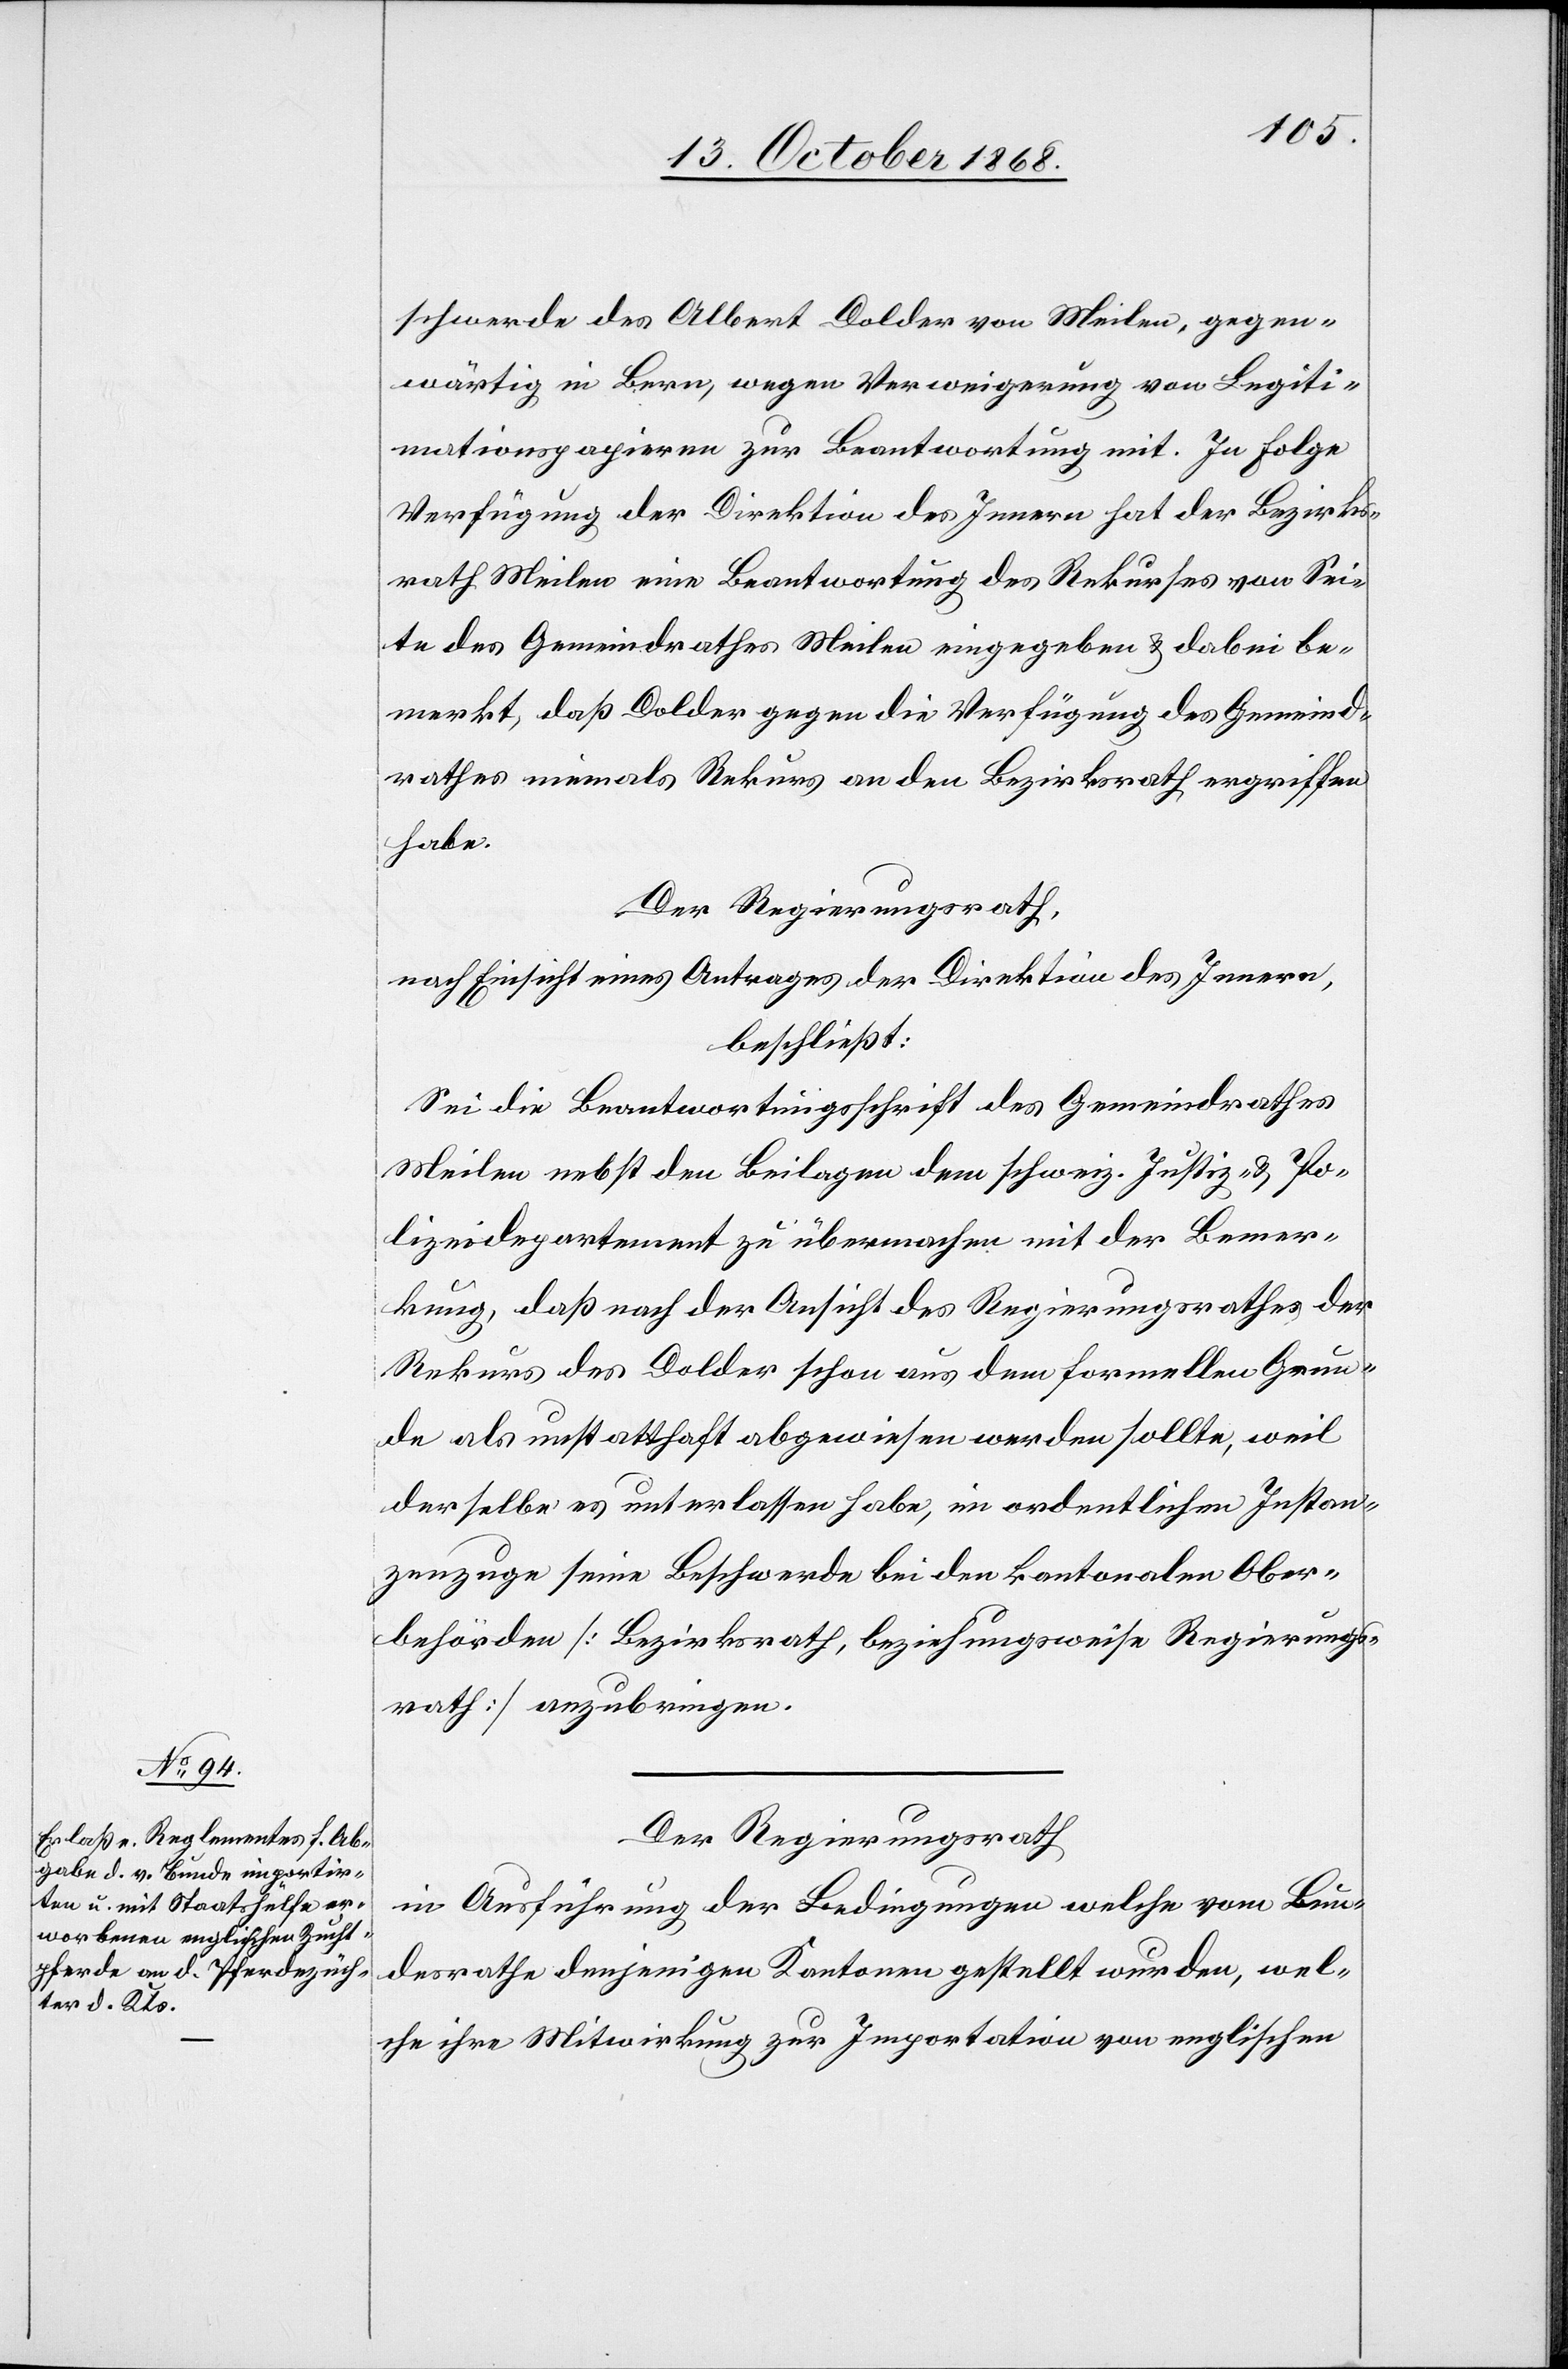
schwerde des Albert Dolder von Meilen, gegen¬
wärtig in Bern, wegen Verweigerung von Legiti¬
mationspapieren zur Beantwortung mit. In Folge
Verfügung der Direktion des Innern hat der Bezirks¬
rath Meilen eine Beantwortung des Rekurses von Sei¬
te des Gemeindrathes Meilen eingegeben & dabei be¬
merkt, daß Dolder gegen die Verfügung des Gemeind¬
rathes niemals Rekurs an den Bezirksrath ergriffen
habe.
Der Regierungsrath,
nach Einsicht eines Antrages der Direktion des Innern,
beschließt:
Sei die Beantwortungsschrift des Gemeindrathes
Meilen nebst den Beilagen dem schweiz. Justiz- & Po¬
lizeidepartement zu übermachen mit der Bemer¬
kung, daß nach der Ansicht des Regierungsrathes der
Rekurs des Dolder schon aus dem formellen Grun¬
de als unstatthaft abgewiesen werden sollte, weil
derselbe es unterlassen habe, im ordentlichen Instan¬
zenzuge seine Beschwerde bei den kantonalen Ober¬
behörden [Bezirksrath, beziehungsweise Regierungs¬
rath] anzubringen.
Der Regierungsrath
in Ausführung der Bedingungen welche vom Bun¬
desrathe denjenigen Kantonen gestellt wurden, wel¬
che ihre Mitwirkung zur Importation von englischen